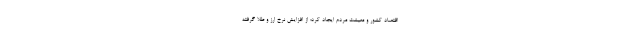
اقتصاد کشور و معیشت مردم ایجاد کرد؛ از افزایش نرخ ارز و طلا گرفته